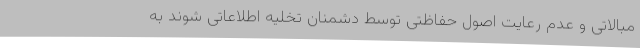
مبالاتی و عدم رعایت اصول حفاظتی توسط دشمنان تخلیه اطلاعاتی شوند به